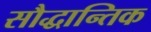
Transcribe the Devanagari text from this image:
सौद्धान्तिक